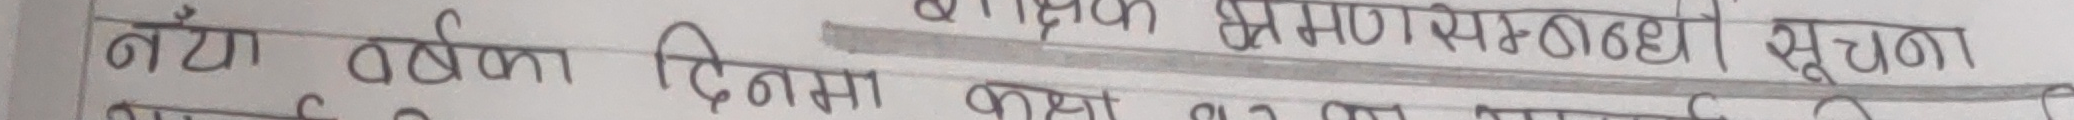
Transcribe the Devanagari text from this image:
नयाँ वर्षका दिनमा कक्षा ५ भ्रमण पठह०६ सूचना